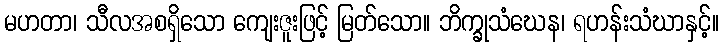
မဟတာ၊ သီလအစရှိသော ကျေးဇူးဖြင့် မြတ်သော။ ဘိက္ခုသံဃေန၊ ရဟန်းသံဃာနှင့်။